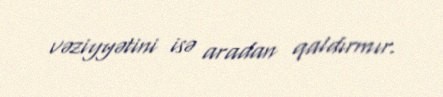
vəziyyətini isə aradan qaldırmır.